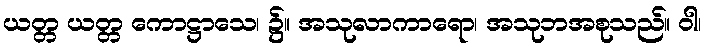
ယတ္တ ယတ္တ ကောဋ္ဌာသေ၊ ၌။ အသုလာကာရော၊ အသုဘအစုသည်။ ဝါ၊